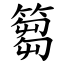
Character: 篘